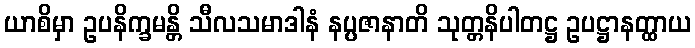
ယာစိမှာ ဥပနိက္ခမန္တိ သီလသမာဒါနံ နပ္ပဇာနာတိ သုတ္တနိပါတဋ္ဌ ဥပဋ္ဌာနတ္ထာယ